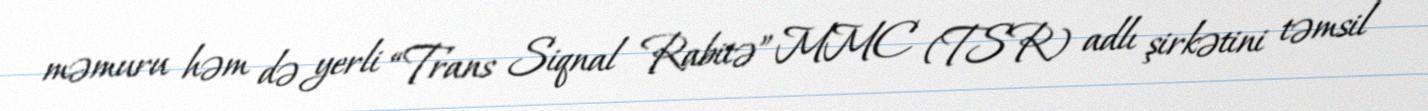
məmuru həm də yerli “Trans Siqnal Rabitə” MMC (TSR) adlı şirkətini təmsil